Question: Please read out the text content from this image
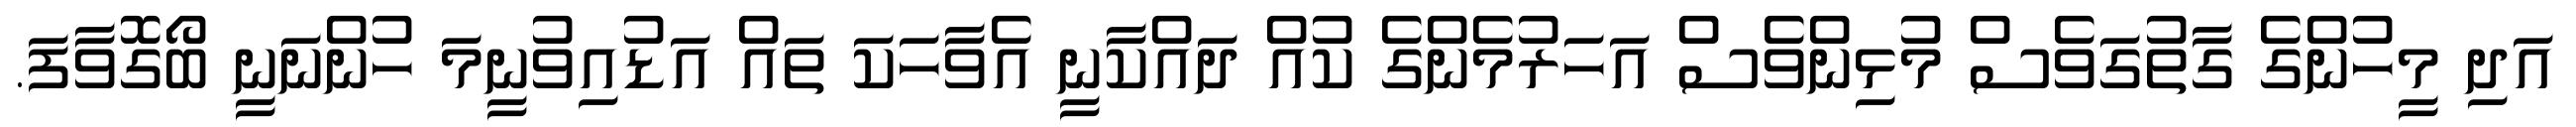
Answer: އަދި މީހުންގެ ގާތުގަވެސް މުޅިންވެސް އަހަރުމެންގެ ކުއް ދައްކާނީ އެވާހަކަ ތައް އަޑުއިވުނީމަ ހުންނަނީ ބޯގޮވާފަ.